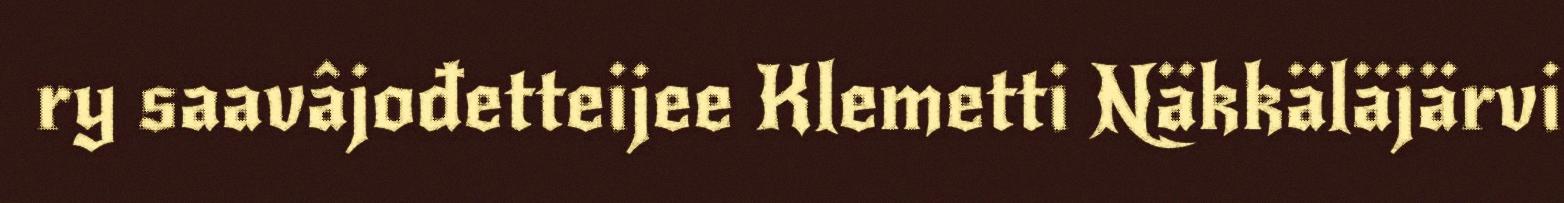
ry saavâjođetteijee Klemetti Näkkäläjärvi